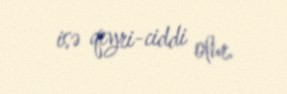
isə qeyri-ciddi olur.